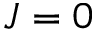
J = 0